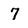
Character: 7